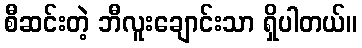
စီဆင်းတဲ့ ဘီလူးချောင်းသာ ရှိပါတယ်။